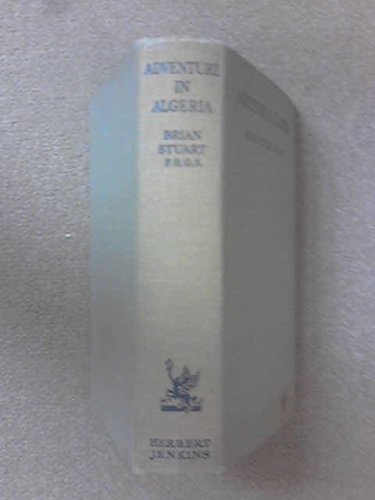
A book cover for Adventure in Algeria,; Brian Stuart; Travel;